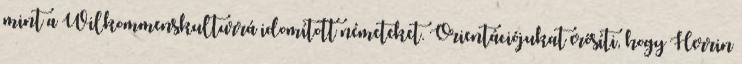
mint a Wilkommenskulturrá idomított németeket. Orientációjukat erősíti, hogy Herrin